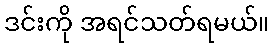
ဒင်းကို အရင်သတ်ရမယ်။